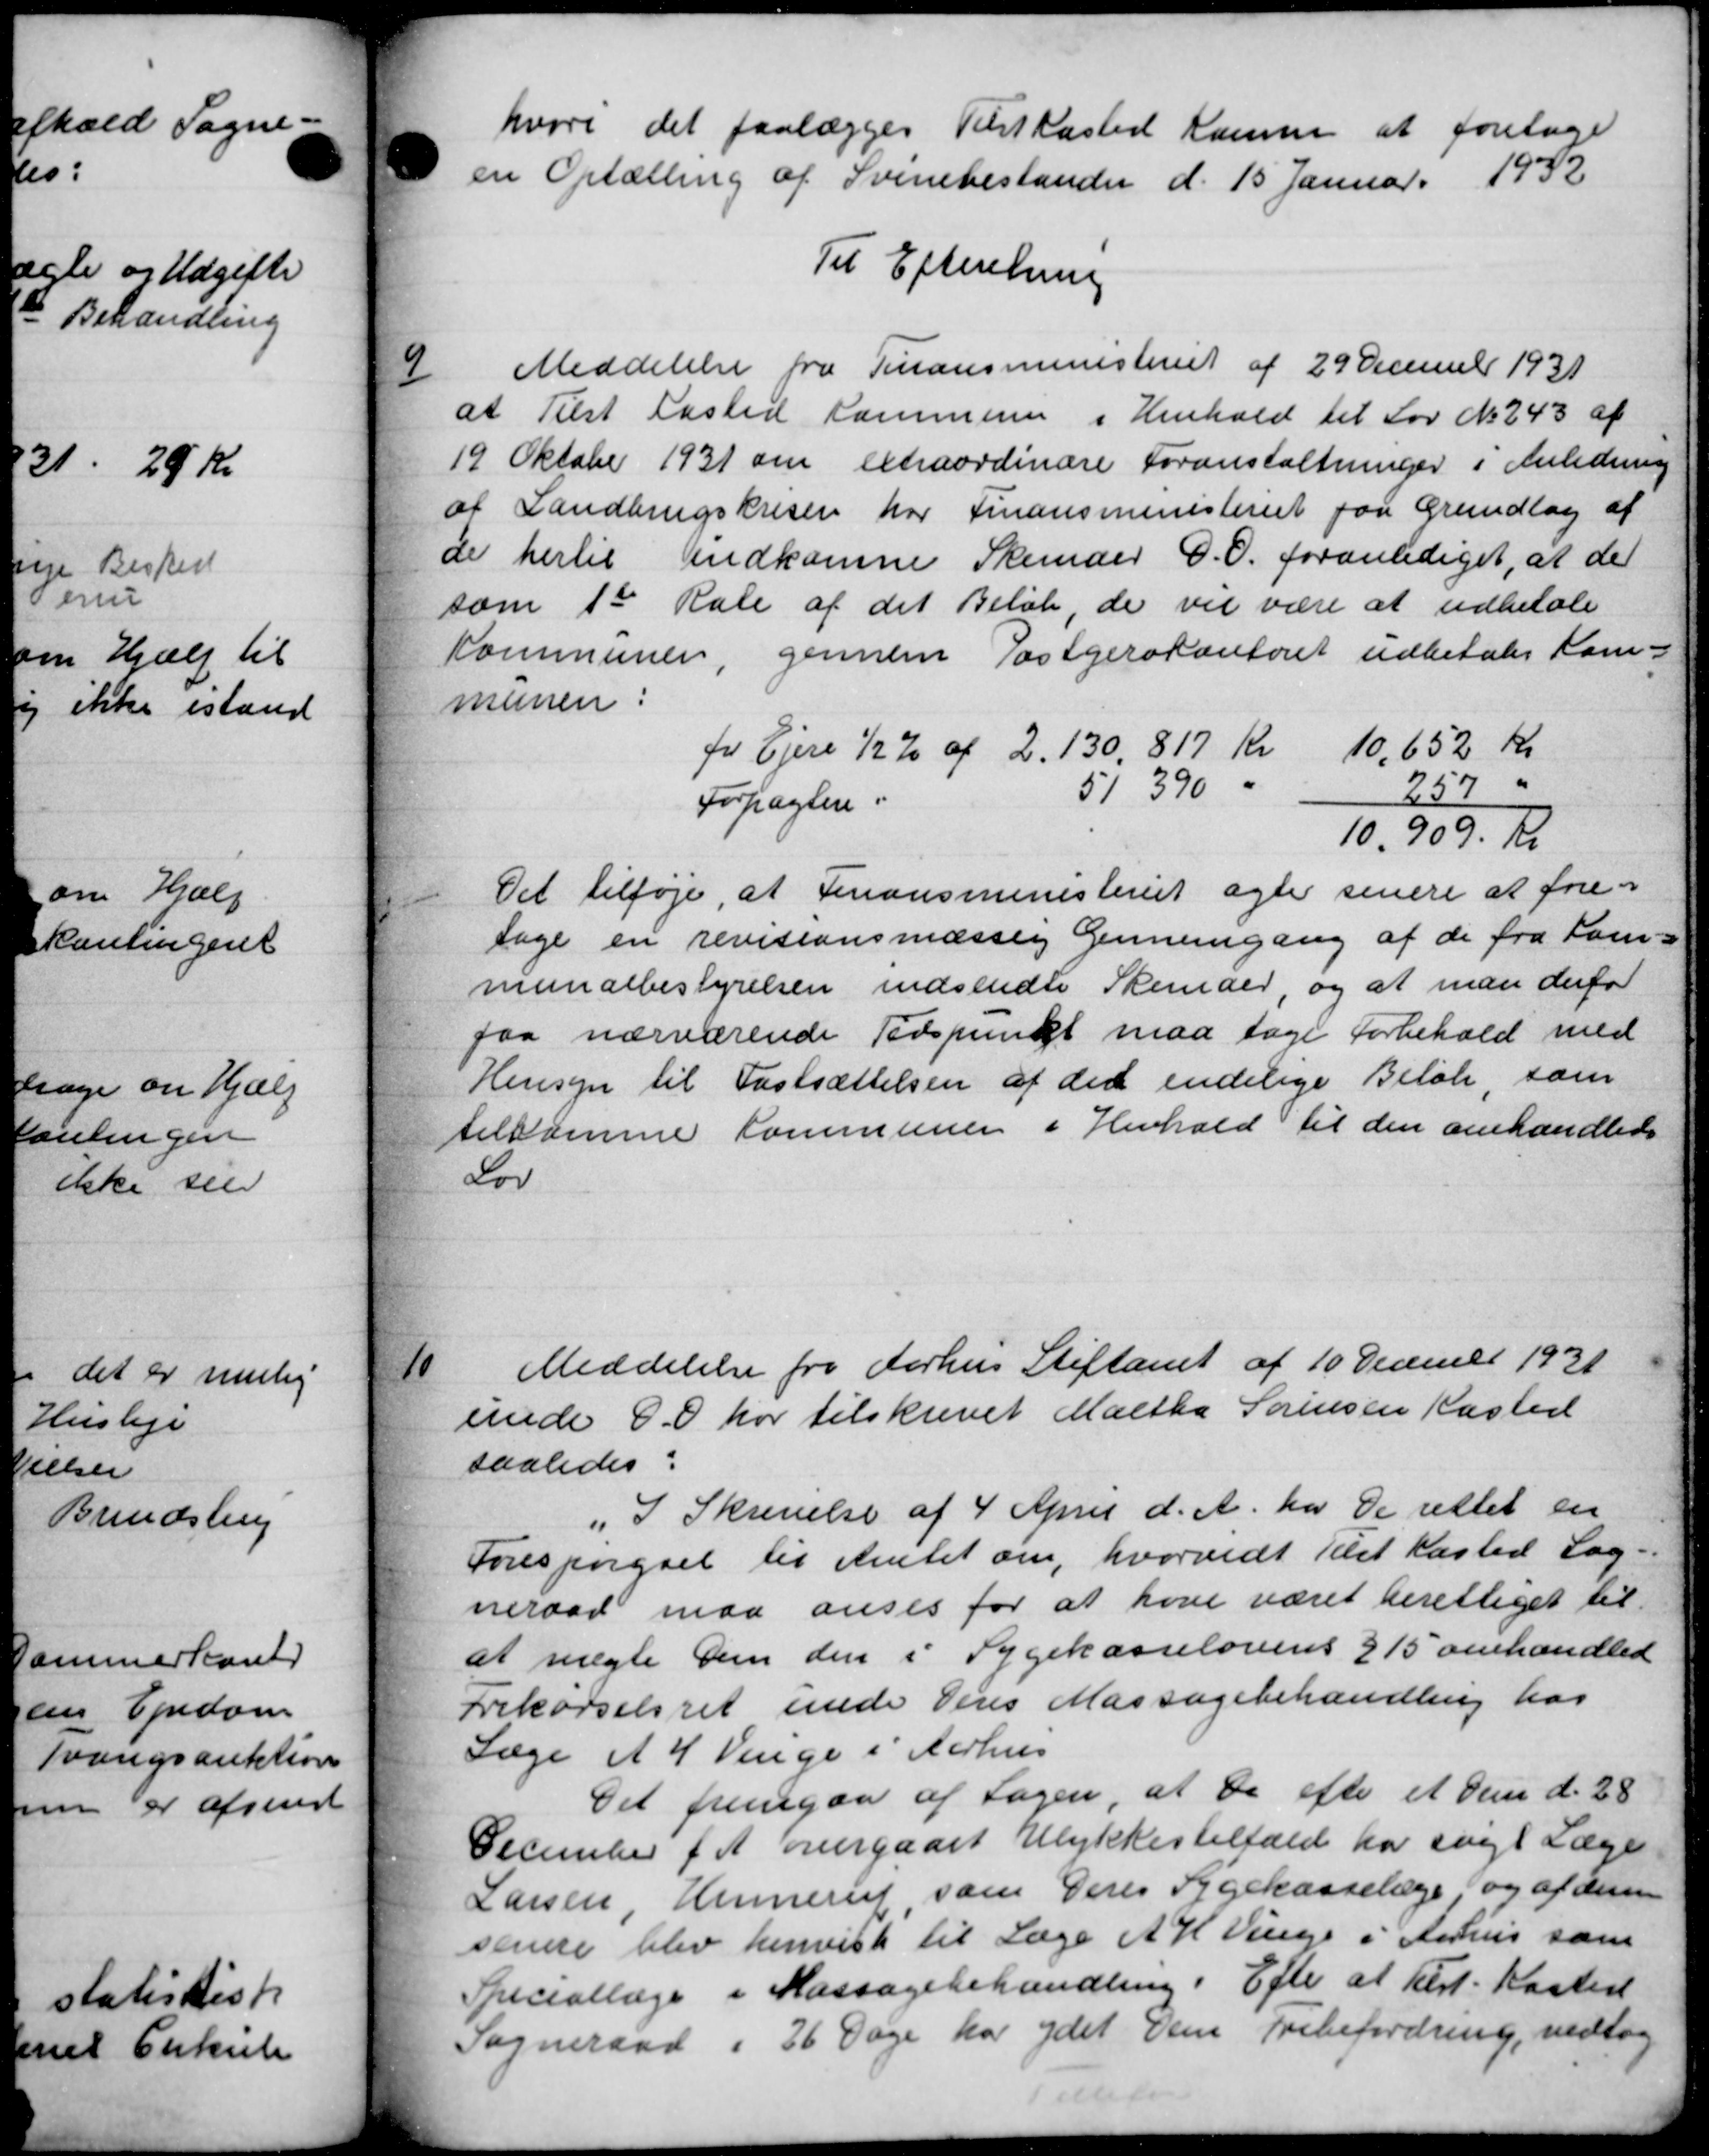
Transskription:
hvori det paalægges Tilstkasted Konsen at foretage
en Optælling af Svinebestander d. 15 Januar 1932
Til Efterretning
9
Meddelelse fra Tinansministeriet af 29 Decemet 1931
at Tilst Læsted Sammere i Henhold til Lov No 243 af
19 Oktober 1931 om extraordinære Foranstaltninger i Anledning
af Landbrugskrisen for Finansministeriet paa Grundlag af
de hertil Indkomne Skemaer O. O. foranlediget, at der
som 1st Rale af det Beløb, de vil være at udbetale
Kommunen, gennem Postgirokontoret udbetales Kom-
munen:
for Ejere ½ % af 2.130,817 kr 10,652 Kr
Forpagtere. 51390 257 "
10.909. Kr
Det tilføje, at Finansministeriet agte senere at fore-
tage en revisionsmæssig Gennemgang af de fra Kom-
munalbestyrelsen indsendte Skemaer, og at man derfor
faa nærværende Tidspunkt maa tage forbehold med
Hensyn til Fastsættelsen af den endelige Beløb som
tilsamme Kommunen i Henhold til den omhandlede
Lov

Meddelelse fra Aarhus Stiftamt af 10 December 1931
unde D. har tilskrevet Maltha Sørensen Kasted
saaledes:
" I Skrivelse af 4 April d. A. har De rettet en
Forespørgsel til Amtet om, hvorvidt Tilst Kasted Sog-
neraad maa anses for at have været berettiget til
at nægte Dem den i Sygekasselovens § 15 omhandled
Frekørselsret unde Deres Massagebehandling hos
Læge a 4 Venge i Aarhus
Det fremgaa af Sagen, at de efter et den d. 28
December f. A. overgaaet Ulykkestilfald har søge Læge
Larsen, Hennerup, som Deres Sygekasselæge, og af denn
senere blev henvist til Læge A H Vinge i Aarhus som
Speciallæge i Kassagebehandling. Efter at best. Kasted
Sogneraad i 26 Dage har ydet Dem Fribefordring, vedtog

3